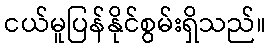
ငယ်မူပြန်နိုင်စွမ်းရှိသည်။